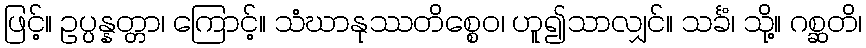
ဖြင့်။ ဥပ္ပန္နတ္တာ၊ ကြောင့်။ သံဃာနုဿတိစ္စေဝ၊ ဟူ၍သာလျှင်။ သင်္ခံ၊ သို့။ ဂစ္ဆတိ၊